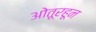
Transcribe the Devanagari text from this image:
ओतूरहून